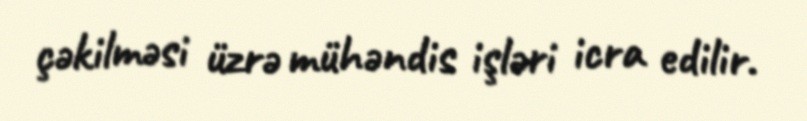
çəkilməsi üzrə mühəndis işləri icra edilir.